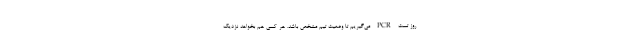
روز تست PCR می‌گیریم تا وضعیت تیم مشخص باشد. هر کسی هم بخواهد نزدیک